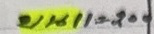
บน 11 = 200